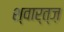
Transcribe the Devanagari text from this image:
श्वार्त्ज़